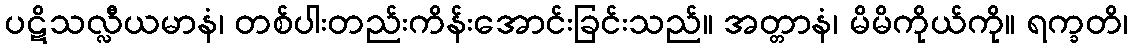
ပဋိသလ္လီယမာနံ၊ တစ်ပါးတည်းကိန်းအောင်းခြင်းသည်။ အတ္တာနံ၊ မိမိကိုယ်ကို။ ရက္ခတိ၊